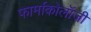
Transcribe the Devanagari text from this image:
फार्माकोलॉजी